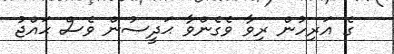
ގެ އަރިހުން ރިވާ ވެގެންވާ ޙަދީސުން ވެސް ޙައްޖު